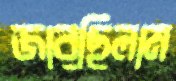
জারছিলাম